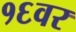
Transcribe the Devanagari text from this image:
१६वर